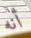
أنه